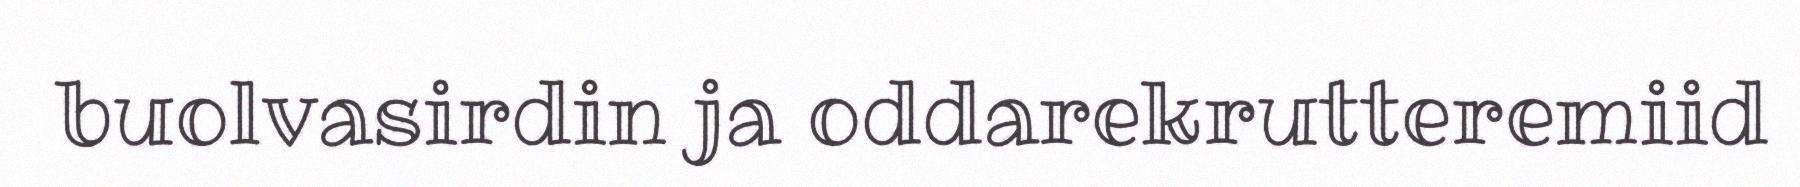
buolvasirdin ja oddarekrutteremiid